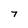
Character: 7